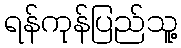
ရန်ကုန်ပြည်သူ့